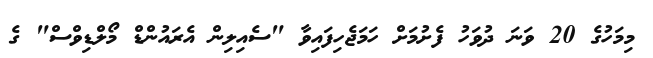
މިމަހުގެ 20 ވަނަ ދުވަހު ފެށުމަށް ހަމަޖެހިފައިވާ "ސެއިލިން އެރައުންޑް މޯލްޑިވްސް" ގެ